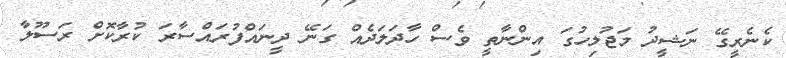
ކެނެރީގޭ ނަޝީދު މަޖުލިހުގަ އިންނާތީ ވެސް ހާދަލަދެއް ގަނޭ ދީނައްފުރައްސާރަ ކުރާކޮށް ރަސޫލާ